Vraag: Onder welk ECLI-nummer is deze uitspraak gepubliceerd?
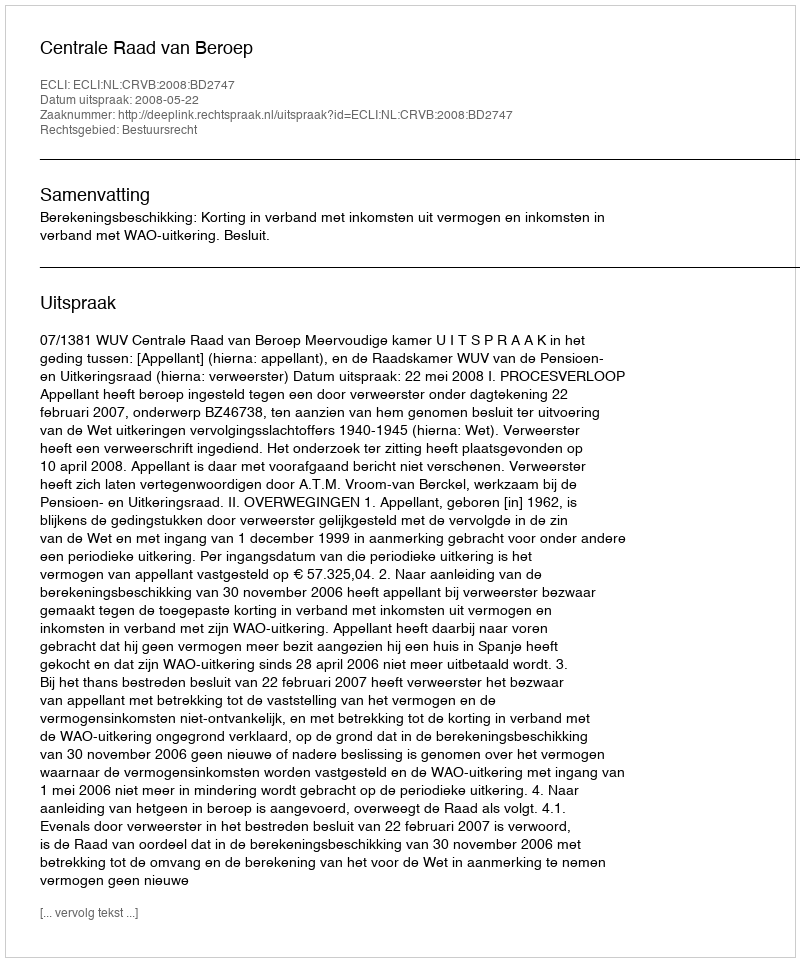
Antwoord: ECLI:NL:CRVB:2008:BD2747